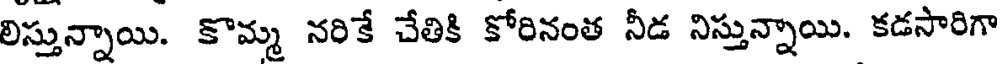
లిస్తున్నాయి. కొమ్మ నరికే చేతికి కోరినంత నీడ నిస్తున్నాయి. కడసారిగా